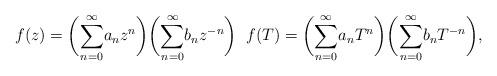
LaTeX: \begin{align*} f(z)=\bigg(\overset{\infty}{\underset{n=0}{\sum}}a_{n}z^n\bigg) \bigg(\overset{\infty}{\underset{n=0}{\sum}}b_{n}z^{-n}\bigg) \; \; f(T)=\bigg(\overset{\infty}{\underset{n=0}{\sum}}a_{n}T^n\bigg) \bigg(\overset{\infty}{\underset{n=0}{\sum}}b_{n}T^{-n}\bigg), \end{align*}